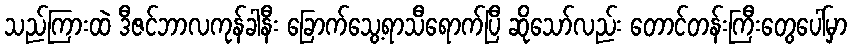
သည်ကြားထဲ ဒီဇင်ဘာလကုန်ခါနီး ခြောက်သွေ့ရာသီရောက်ပြီ ဆိုသော်လည်း တောင်တန်းကြီးတွေပေါ်မှာ